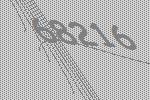
68216